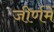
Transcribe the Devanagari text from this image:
जीर्णमें